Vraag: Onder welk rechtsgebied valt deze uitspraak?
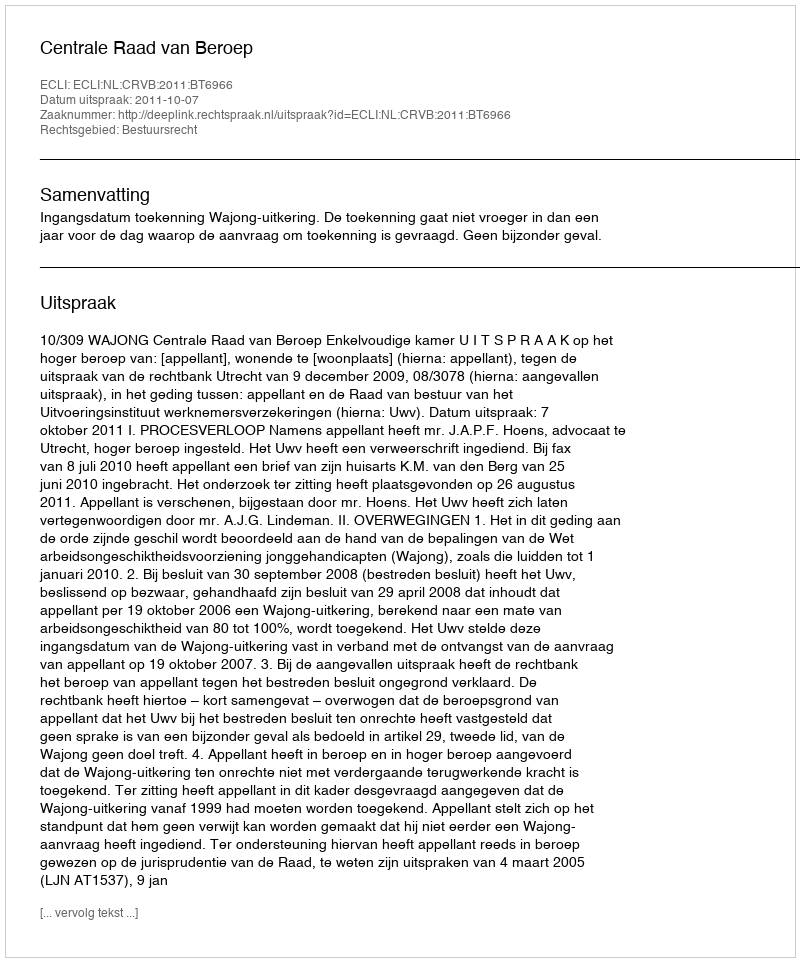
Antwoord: Bestuursrecht